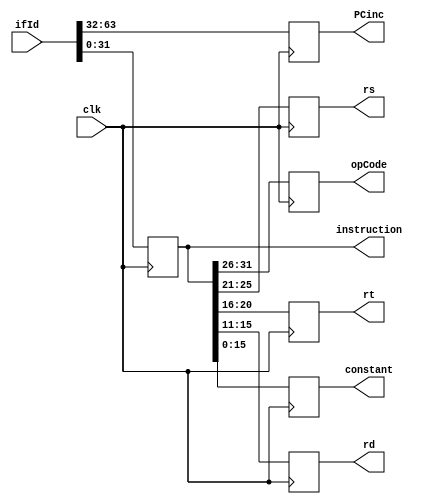
module IFID (output reg [31:0] PCinc 
, output reg [31:0] instruction
,input [63:0] ifId,input clk,output reg[5:0]opCode,
output reg [4:0] rs,rt,rd,output reg [15:0] constant);

initial 
begin
PCinc=32'd0;
instruction=32'd0;
rs=5'd0;
rt=5'd0;
rd=5'd0;
constant=16'd0;
end


always @(posedge clk)
begin
PCinc <= ifId[63:32];
instruction <= ifId[31:0];
opCode <=instruction[31:26];
 rs <=instruction[25:21];
 rt <=instruction[20:16];
 rd <=instruction[15:11];
 constant <=instruction[15:0];
 end
endmodule